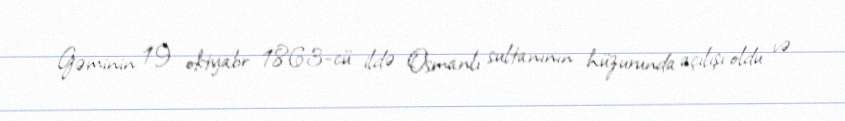
Gəminin 19 oktyabr 1863-cü ildə Osmanlı sultanının hüzurunda açılışı oldu və